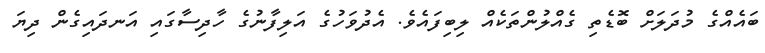
ބައެއްގެ މުދަލަށް ބޮޑެތި ގެއްލުންތަކެއް ލިބިފައެވެ. އެދުވަހުގެ އަލިފާނުގެ ހާދިސާގައި އަނދައިގެން ދިޔަ